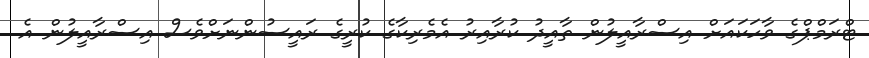
ޓްރަމްޕްގެ ވާހަކައަށް އިސްރާއީލުން ތާއީދު ކުރާއިރު އެމެރިކާގެ ކުރީގެ ރައީސުންނަށްވެސް އިސްރާއީލުން އެ